Scottish Certificate of Education, 1962
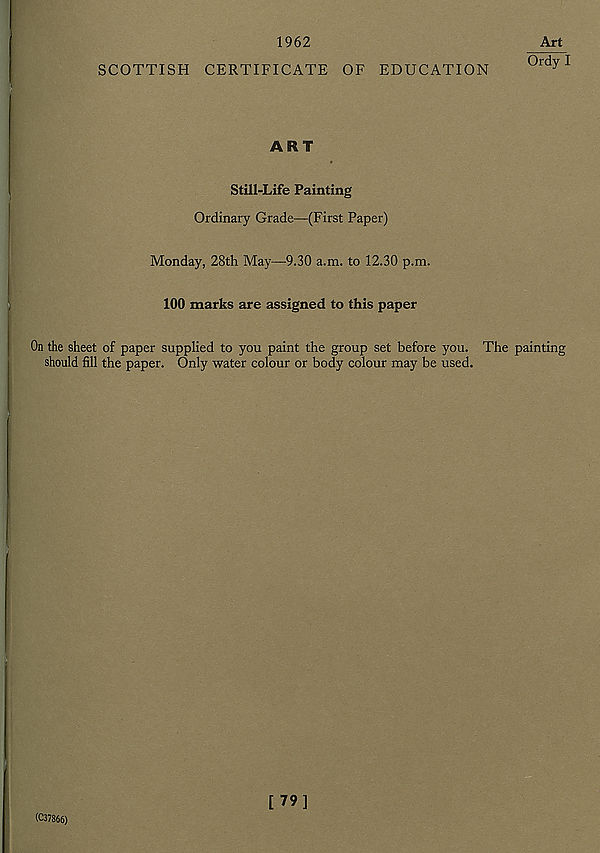
1962
SCOTTISH CERTIFICATE OF EDUCATION
Art
Ordyl
ART
Still-Life Painting
Ordinary Grade—(First Paper)
Monday, 28th May—9.30 a.m. to 12.30 p.m.
100 marks are assigned to this paper
On the sheet of paper supplied to you paint the group set before you.
should fill the paper. Only water colour or body colour may be used.
The painting
(C37866)
[79]